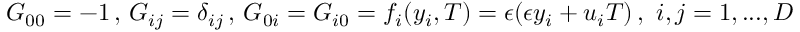
G _ { 0 0 } = - 1 \, , \, G _ { i j } = \delta _ { i j } \, , \, G _ { 0 i } = G _ { i 0 } = f _ { i } ( y _ { i } , { \cal T } ) = \epsilon ( \epsilon y _ { i } + u _ { i } { \cal T } ) \, , \, \, i , j = 1 , . . . , D